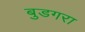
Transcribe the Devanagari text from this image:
बुडगरा